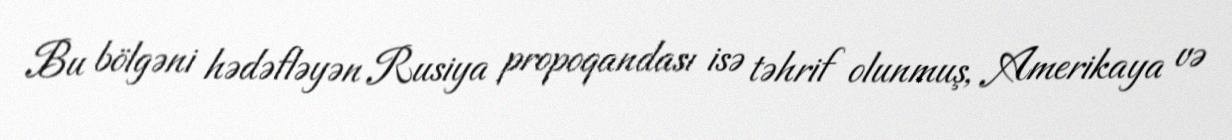
Bu bölgəni hədəfləyən Rusiya propoqandası isə təhrif olunmuş, Amerikaya və